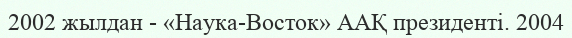
2002 жылдан - «Наука-Восток» ААҚ президенті. 2004